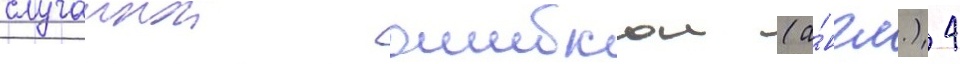
случаинои ошибкои (а́нгл.) 4